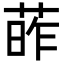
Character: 葃